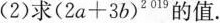
(2) 求(2a+3b)2019的值。